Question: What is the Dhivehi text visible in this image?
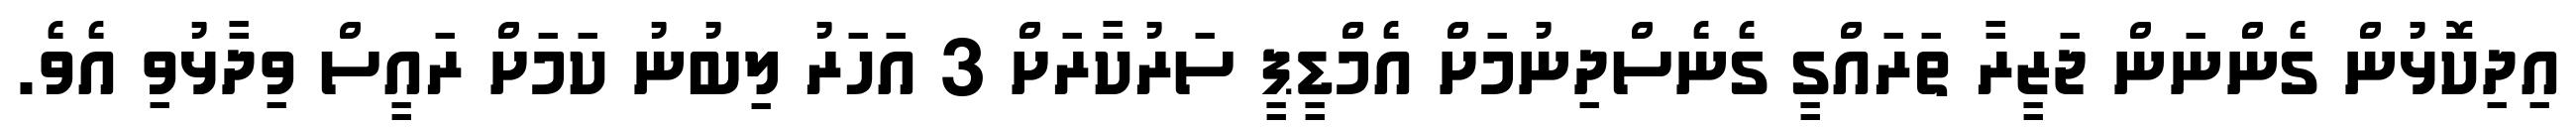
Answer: އިދިކޮޅުން ގެންނަން ޖަޒީރާ ތަރައްގީ ގެނެސްދިނުމަށް އެމްޑީޕީ ސަރުކާރަށް 3 އަހަރު ލިބުނު ކަމަށް ރައީސް ވިދާޅުވި އެވެ.